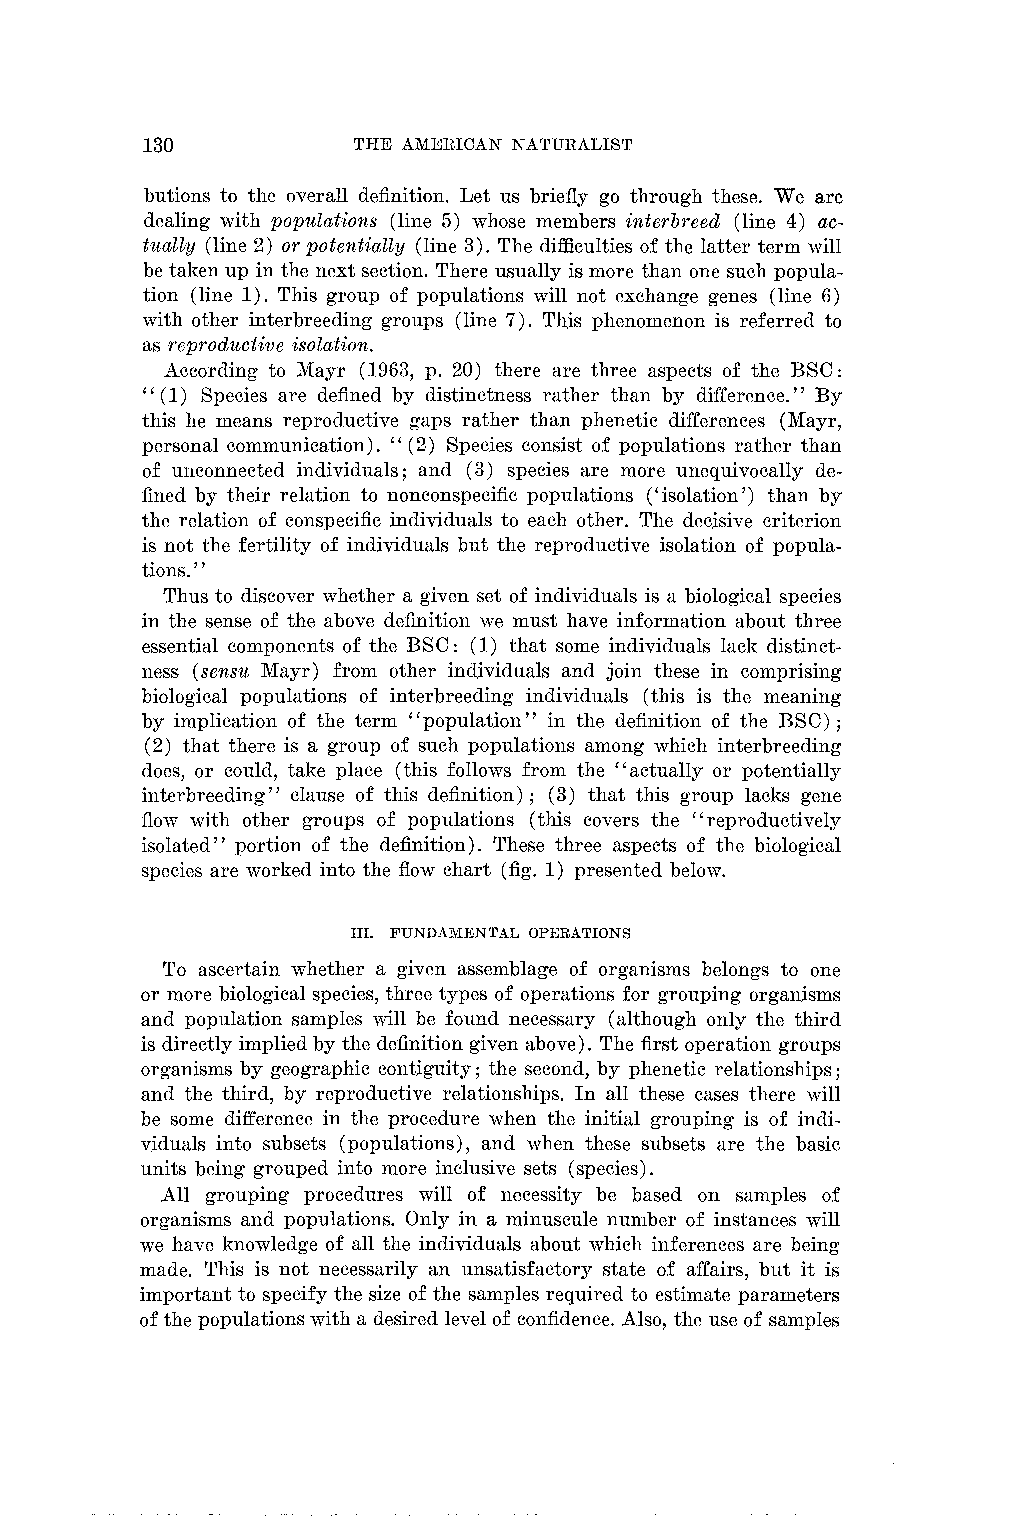
130          TEIE AMERICAhT NATURALIST
 butions to the overall definition. Let us briefly go through these. We are
 dealing with populations (line 5) whose members interbreed (line 4) ac-
 tzcally (line 2) or potefitially (line 3). The difficulties of the latter term will
 be taken up in the next section. There usually is more than one such popula-
 tion (line 1).This group of populations mill not exchange genes (line 6)
 with other interbreeding groups (line 7).This phenomenon is referred to
 as reprodzcctive isolation.
 According to BIayr (1963, p. 20) there are three aspects of the BSC:
 (1) Species are defined by distinctness rather than by difference." By
 "
 this he means reproductive gaps rather than phenetic differences (Mayr,
 personal communication). (2) Species consist of populations rather than
 "
 of unconnected individuals; and (3) species are more unequivocally de-
 fined by their relation to nonconspecific populations ('isolation') than by
 the relation of conspecific individuals to each other. The decisive criterion
 is not the fertility of individuals but the reproductive isolation of popula-
 tions. ' '
 Thus to discover whether a given set of individuals is a biological species
 in the sense of the above definition we must have information about three
 essential components of the BSC: (1)that some individuals lack distinct-
 ness (sensz~M ayr) from other individuals and join these in comprising
 biological populations of interbreeding individuals (this is the meaning
 by implication of the term "population" in the definition of the BSC) ;
 (2) that there is a group of such populations among which interbreeding
 does, or could, take place (this follows from the "actually or potentially
 interbreeding" clause of this definition) ; (3) that this group lacks gene
 flow with other groups of populations (this covers the "reproductively
 isolated" portion of the definition). These three aspects of the biological
 species are worked into the flow chart (fig. 1) presented below.
 111. FUIYDAlIEIYTAL OPERATIOKS
 To ascertain whether a given assemblage of organisms belongs to one
 or more biological species, three types of operations for grouping organisms
 and population samples will be found necessary (although only the third
 is directly implied by the definition g-iven above). The first operation groups
 organisms by geographic contiguity; the second, by phenetic relationships;
 and the third, by reproductive relationships. In all these cases there mill
 be some difference in the procedure mhen the initial grouping is of indi-
 viduals into subsets (populations), and mhen these subsets are the basic
 units being grouped into more inclusive sets (species).
 All grouping procedures mill of necessity be based on samples of
 organisms and populations. Only in a minuscule number of instances will
 sve have knowledge of all the individuals about which inferences are being
 made. This is not necessarily an unsatisfactory state of affairs, but it is
 important to specify the size of the samples required to estimate parameters
 of the populations with a desired level of confidence. Also, the use of samples